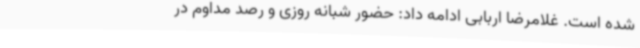
شده است. غلامرضا اربابی ادامه داد: حضور شبانه روزی و رصد مداوم در